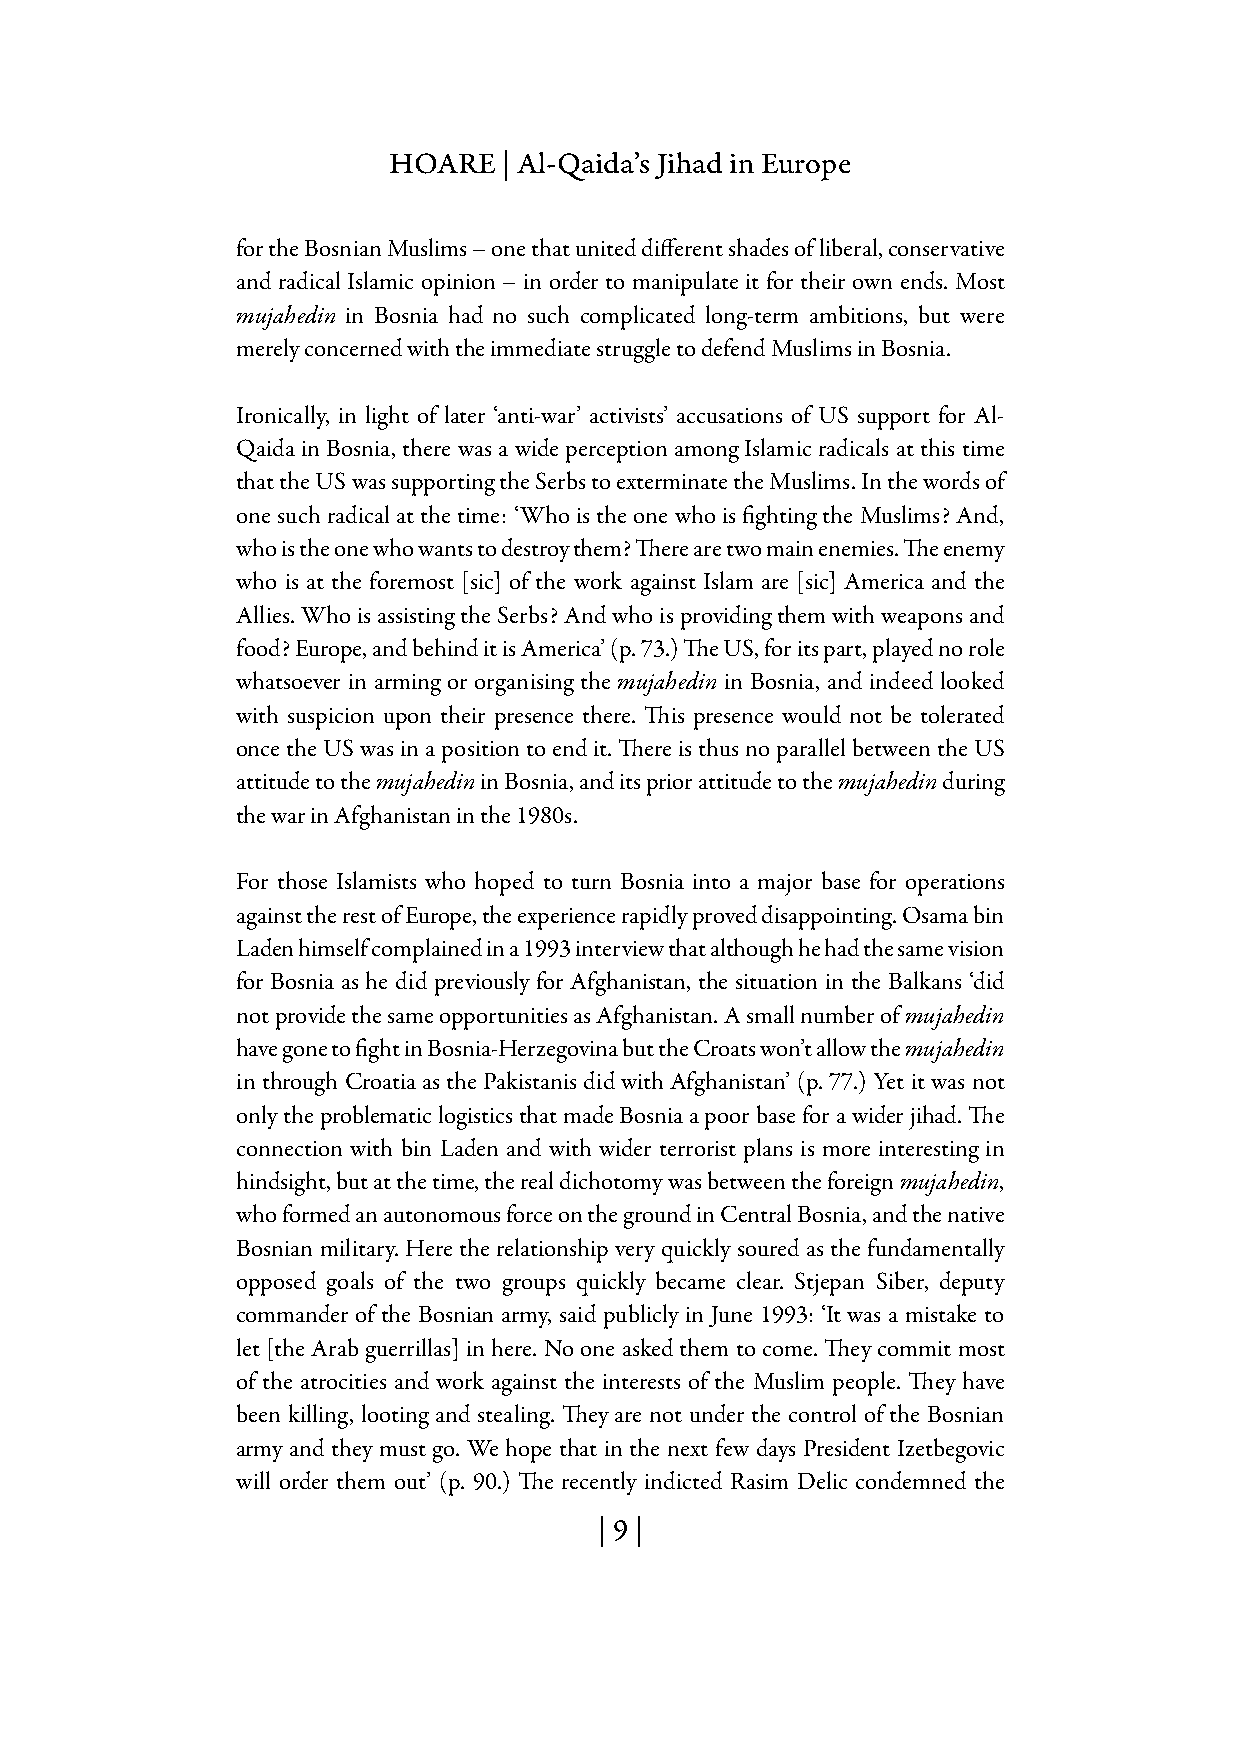
HOARE  | Al-Qaida’s Jihad in Europe
 for the Bosnian Muslims – one that united different shades of liberal, conservative
 and radical Islamic opinion – in order to manipulate it for their own ends. Most
 mujahedin in Bosnia had no such complicated long-term ambitions, but were
 merely concerned with the immediate struggle to defend Muslims in Bosnia.
 Ironically, in light of later ‘anti-war’ activists’ accusations of US support for Al-
 Qaida in Bosnia, there was a wide perception among Islamic radicals at this time
 that the US was supporting the Serbs to exterminate the Muslims. In the words of
 one such radical at the time: ‘Who is the one who is fighting the Muslims? And,
 who is the one who wants to destroy them? There are two main enemies. The enemy
 who is at the foremost [sic] of the work against Islam are [sic] America and the
 Allies. Who is assisting the Serbs? And who is providing them with weapons and
 food? Europe, and behind it is America’ (p. 73.) The US, for its part, played no role
 whatsoever in arming or organising the mujahedin in Bosnia, and indeed looked
 with suspicion upon their presence there. This presence would not be tolerated
 once the US was in a position to end it. There is thus no parallel between the US
 attitude to the mujahedin in Bosnia, and its prior attitude to the mujahedin during
 the war in Afghanistan in the 1980s.
 For those Islamists who hoped to turn Bosnia into a major base for operations
 against the rest of Europe, the experience rapidly proved disappointing. Osama bin
 Laden himself complained in a 1993 interview that although he had the same vision
 for Bosnia as he did previously for Afghanistan, the situation in the Balkans ‘did
 not provide the same opportunities as Afghanistan. A small number of mujahedin
 have gone to fight in Bosnia-Herzegovina but the Croats won’t allow the mujahedin
 in through Croatia as the Pakistanis did with Afghanistan’ (p. 77.) Yet it was not
 only the problematic logistics that made Bosnia a poor base for a wider jihad. The
 connection with bin Laden and with wider terrorist plans is more interesting in
 hindsight, but at the time, the real dichotomy was between the foreign mujahedin,
 who formed an autonomous force on the ground in Central Bosnia, and the native
 Bosnian military. Here the relationship very quickly soured as the fundamentally
 opposed goals of the two groups quickly became clear. Stjepan Siber, deputy
 commander of the Bosnian army, said publicly in June 1993: ‘It was a mistake to
 let [the Arab guerrillas] in here. No one asked them to come. They commit most
 of the atrocities and work against the interests of the Muslim people. They have
 been killing, looting and stealing. They are not under the control of the Bosnian
 army and they must go. We hope that in the next few days President Izetbegovic
 will order them out’ (p. 90.) The recently indicted Rasim Delic condemned the
 | 9 |